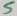
Text: 5